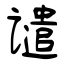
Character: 谴